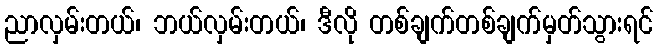
ညာလှမ်းတယ်၊ ဘယ်လှမ်းတယ်၊ ဒီလို တစ်ချက်တစ်ချက်မှတ်သွားရင်